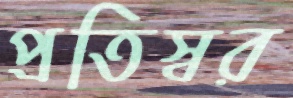
প্রতিস্বর